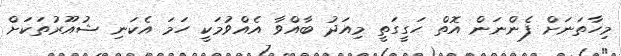
މިހާތަނަށް ފެންނަން އޮތް ހަގީގަތީ މިއަދު ބާއްވާ އެއްވުމަކީ ހަމަ އެކަނި ޝުއޫރުތަކަށް